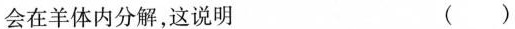
会在羊体内分解，这说明 ( )